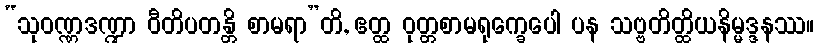
“သုဝဏ္ဏဒဏ္ဍာ ဝီတိပတန္တိ စာမရာ”တိ, ဧတ္ထ ဝုတ္တစာမရုက္ခေပေါ ပန သဗ္ဗတိတ္ထိယနိမ္မဒ္ဒနဿ။